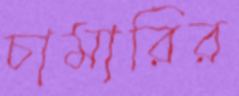
চামারির